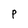
Character: P